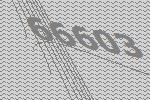
66603